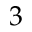
3